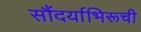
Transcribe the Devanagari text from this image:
सौंदर्याभिरूची